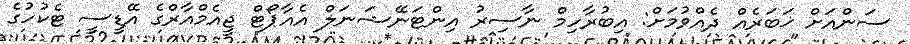
ސަންއަށް ޚަބަރެއް ދެއްވުމަށް: އިބުރާހިމް ނާސިރު އިންޓަނޭޝަނަލް އެއާޕޯޓް ޖީއެމްއާރްގެ އޭޑީސީ ޓެކުހުގެ